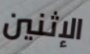
الإثنين